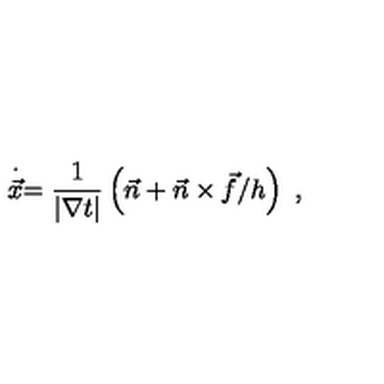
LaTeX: \stackrel { \cdot } { \vec { x } } = \frac { 1 } { | \nabla t | } \left( \vec { n } + \vec { n } \times \vec { f } / h \right) \ ,